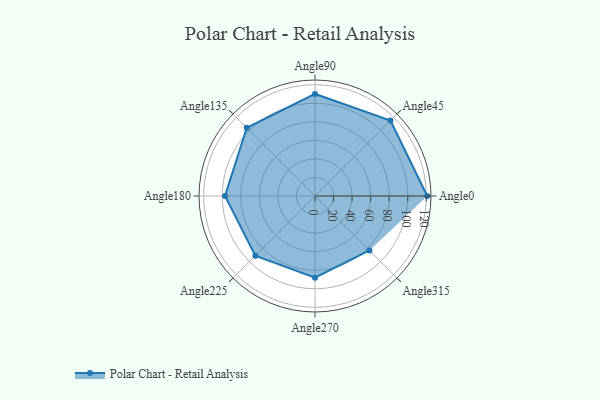
{"axis": {"x": "Angle", "y": "Radius"}, "legend": [""], "data": [{"x": "Angle0", "y": 121.0, "type": ""}, {"x": "Angle45", "y": 115.0, "type": ""}, {"x": "Angle90", "y": 110.0, "type": ""}, {"x": "Angle135", "y": 104.0, "type": ""}, {"x": "Angle180", "y": 97.0, "type": ""}, {"x": "Angle225", "y": 91.0, "type": ""}, {"x": "Angle270", "y": 88.0, "type": ""}, {"x": "Angle315", "y": 83.0, "type": ""}]}